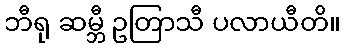
ဘီရု ဆမ္ဘီ ဥတြာသီ ပလာယီတိ။